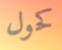
كحول